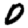
Digit: 0